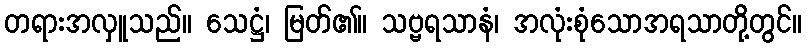
တရားအလှူသည်။ သေဋ္ဌံ၊ မြတ်၏။ သဗ္ဗရသာနံ၊ အလုံးစုံသောအရသာတို့တွင်။